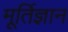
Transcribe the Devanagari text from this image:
मूर्तिज्ञान